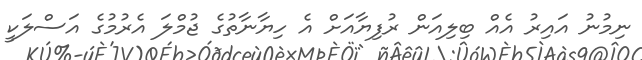
ނިމުނު އައިރު އެއް ބިލިއަން ރުފިޔާއަށް އެ ހިޔާނާތުގެ ޖުމްލަ އެރުމުގެ އަސްލަކީ